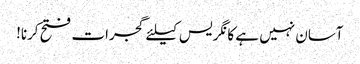
آسان نہیں ہے کانگریس کیلئے گجرات فتح کرنا!